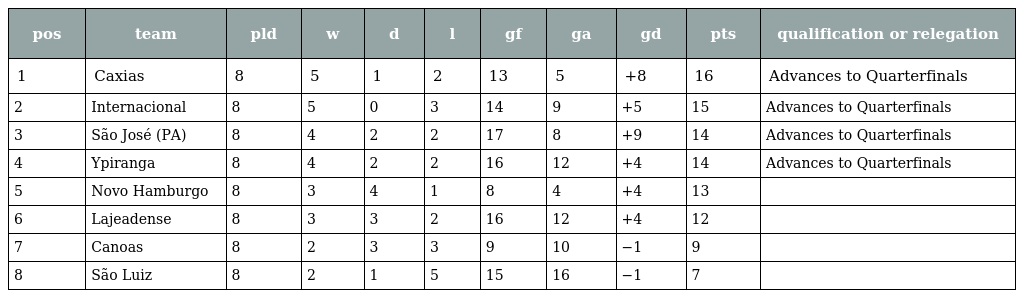
| pos | team | pld | w | d | l | gf | ga | gd | pts | qualification or relegation |
 | --- | --- | --- | --- | --- | --- | --- | --- | --- | --- | --- |
 | 1 | Caxias | 8 | 5 | 1 | 2 | 13 | 5 | +8 | 16 | Advances to Quarterfinals |
 | 2 | Internacional | 8 | 5 | 0 | 3 | 14 | 9 | +5 | 15 | Advances to Quarterfinals |
 | 3 | São José (PA) | 8 | 4 | 2 | 2 | 17 | 8 | +9 | 14 | Advances to Quarterfinals |
 | 4 | Ypiranga | 8 | 4 | 2 | 2 | 16 | 12 | +4 | 14 | Advances to Quarterfinals |
 | 5 | Novo Hamburgo | 8 | 3 | 4 | 1 | 8 | 4 | +4 | 13 |  |
 | 6 | Lajeadense | 8 | 3 | 3 | 2 | 16 | 12 | +4 | 12 |  |
 | 7 | Canoas | 8 | 2 | 3 | 3 | 9 | 10 | −1 | 9 |  |
 | 8 | São Luiz | 8 | 2 | 1 | 5 | 15 | 16 | −1 | 7 |  |